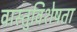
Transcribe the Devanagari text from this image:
वास्तुविशेषता